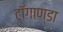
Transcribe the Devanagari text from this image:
टाॅगाण्डा